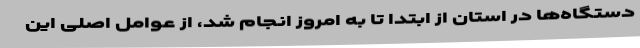
دستگاه‌ها در استان از ابتدا تا به امروز انجام شد، از عوامل اصلی این